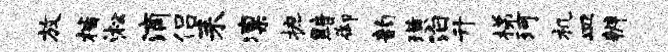
放楷淞滴侣耒凛摭黯御韵璜泊升梯珂机皿辨